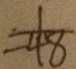
= \frac { 1 } { 4 8 }